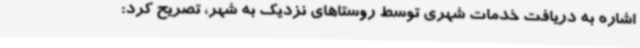
اشاره به دریافت خدمات شهری توسط روستاهای نزدیک به شهر، تصریح کرد: